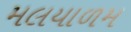
મલયાળમ